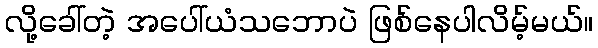
လို့ခေါ်တဲ့ အပေါ်ယံသဘောပဲ ဖြစ်နေပါလိမ့်မယ်။